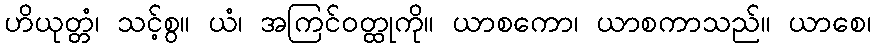
ဟိယုတ္တံ၊ သင့်စွ။ ယံ၊ အကြင်ဝတ္ထုကို။ ယာစကော၊ ယာစကာသည်။ ယာစေ၊